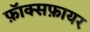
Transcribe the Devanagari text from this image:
फ़ॉक्सफ़ायर